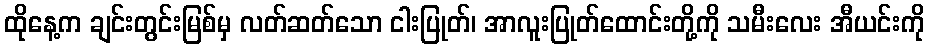
ထိုနေ့က ချင်းတွင်းမြစ်မှ လတ်ဆတ်သော ငါးပြုတ်၊ အာလူးပြုတ်ထောင်းတို့ကို သမီးလေး အီယင်းကို